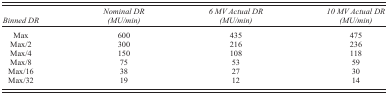
| Binned DR | Nominal DR (MU/min) | 6 MV Actual DR (MU/min) | 10 MV Actual DR (MU/min) |
 | --- | --- | --- | --- |
 | Max | 600 | 435 | 475 |
 | Max/2 | 300 | 216 | 236 |
 | Max/4 | 150 | 108 | 118 |
 | Max/8 | 75 | 53 | 59 |
 | Max/16 | 38 | 27 | 30 |
 | Max/32 | 19 | 12 | 14 |